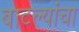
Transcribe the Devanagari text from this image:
बाटल्यांचा